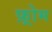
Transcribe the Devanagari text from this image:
फ़्रोम